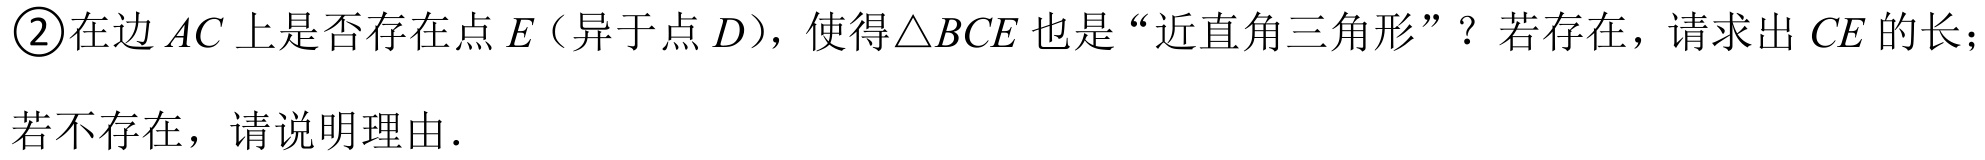
\textcircled{2}在边 \(AC\) 上是否存在点 \(E\)（异于点 \(D\)），使得\(\triangle BCE\) 也是“近直角三角形”？若存在，请求出 \(CE\) 的长；
若不存在，请说明理由．